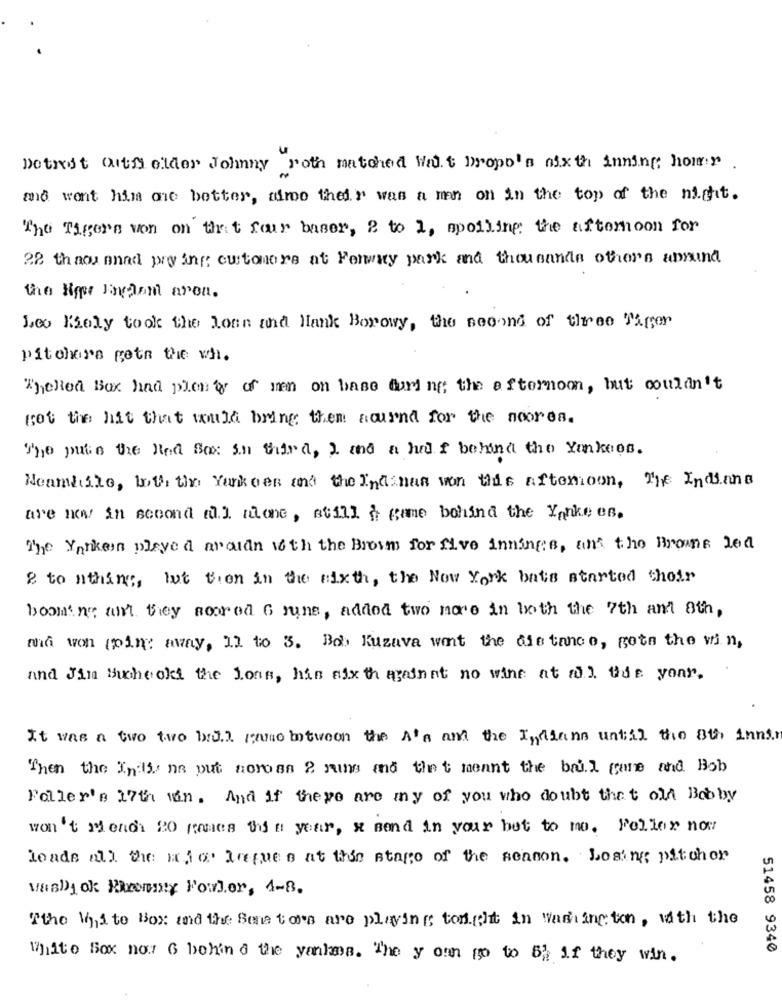
Detroit Outfi elder Johnny roth matched Wat Dropo'a nixth inning homer
and want him one better, timo their was a man on in the top of the night.
The Tigers von on thet four baser, 2 to 1, spoiling the afternoon for
28 th aou onad pry ing: customers at Forty park and thousands ofhors ansund
the Hype Finedent arou.
Leo Koly took the lonn and Hank Borowy, the second of three Tiger
pitchers goto the wh.
TheRed Box had plenty of men on base during the afternoon, but couldn't
got the hit that would bring them aournd for the noorea.
The putin the Hed Box An thira, 2 and a half behind the Yankees.
Neamhile, both the Yankees and the Indanas von this afternoon, The Indians
are now in second all alone, still & game behind the Yankees.
The Yanken played aroudn 16th the Brown for five innings, and the Browns led
2 to athing, but then in the sixth, the New York bats started their
booming art. they soorod G june, addod two more in both the 7th and ath,
ma von (min away, 1] to 3. Bd. Kuzava want the distance, gots the win,
and Jin Bucheckt the Loss, his six th against no wine at w Ude your.
It was a two two bidt ranno between the A's and the Indians untill the 8th innar
Then the Endis na put noroan 2 runs and thet meant the bail game and Bob
Faller's 17th win. And if there are my of you who doubt that old Bobby
won't Menchi 20 games this year, x send in your but to mo. Foller now
leads all the mio tiques at this stage of the season. Losing pitchor
Vas)jok Kheomity Fowler, 4-8.
Tthe White Box and the Sens to's are playing tonight in Washington, with the
51458 9340
White Box not 6 behind the yanhms. The youn go to By if they win.